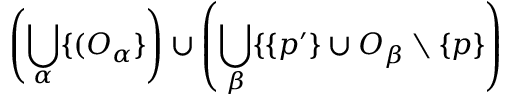
\left( \bigcup _ { \alpha } \{ ( O _ { \alpha } \} \right) \cup \left( \bigcup _ { \beta } \{ \{ p ^ { \prime } \} \cup O _ { \beta } \setminus \{ p \} \right)